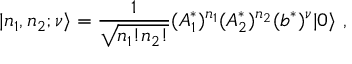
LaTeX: | n _ { 1 } , n _ { 2 } ; \nu \rangle = \frac { 1 } { \sqrt { n _ { 1 } ! n _ { 2 } ! } } ( A _ { 1 } ^ { * } ) ^ { n _ { 1 } } ( A _ { 2 } ^ { * } ) ^ { n _ { 2 } } ( b ^ { * } ) ^ { \nu } | 0 \rangle \ ,